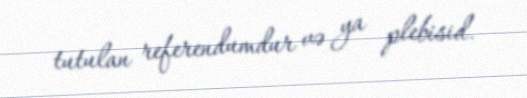
tutulan referendumdur və ya plebisid.